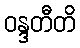
ဝန္ဒတီတိ